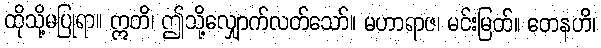
ထိုသို့မပြုရာ။ ဣတိ၊ ဤသို့လျှောက်လတ်သော်။ မဟာရာဇ၊ မင်းမြတ်။ တေနဟိ၊